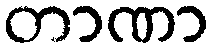
တာဏာ